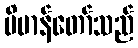
ဗိမာန်တော်သည်